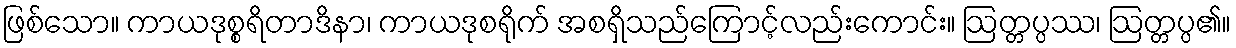
ဖြစ်သော။ ကာယဒုစ္စရိတာဒိနာ၊ ကာယဒုစရိုက် အစရှိသည်ကြောင့်လည်းကောင်း။ ဩတ္တပ္ပဿ၊ ဩတ္တပ္ပ၏။